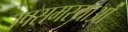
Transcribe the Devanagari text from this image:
उपसमस्याओं